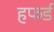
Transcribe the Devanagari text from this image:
हफर्ड